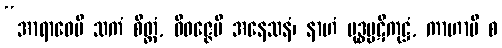
“အာရာဓေမိ သကံ စိတ္တံ, ဝိဝဇ္ဇေမိ အနေသနံ၊ နာဟံ ဗုဒ္ဓပ္ပဋိကုဋ္ဌံ, ကာဟာမိ စ